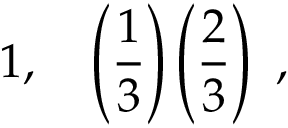
1 , \quad \left( \frac { 1 } { 3 } \right) \left( \frac { 2 } { 3 } \right) \ ,